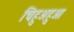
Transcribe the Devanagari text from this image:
चिहुअहुआ